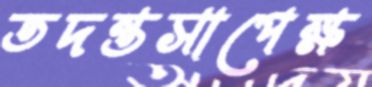
তদন্তসাপেক্ষ